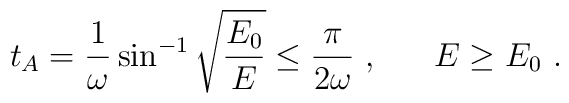
t_A = \frac{1}{\omega} \sin^{-1}\sqrt{\frac{E_0}{E}} \leq\frac{\pi}{2\omega}\ , \ \ \ \ \ E\geq E_0\ .